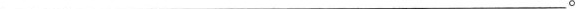
___。